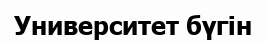
Университет бүгін